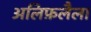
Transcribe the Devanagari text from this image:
अलिफ़लैला